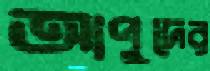
আপুদের